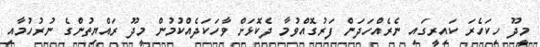
މީދޫ ހިކަހެރަ ކައިރީގައި ނެރެއްހަދަން ފަރުގޮއްވުމާ ދެކޮޅަށް ވާހަކަދެއްކުމުން މީދޫ ރައްޔިތުންގެ ނުރުހުމާއި